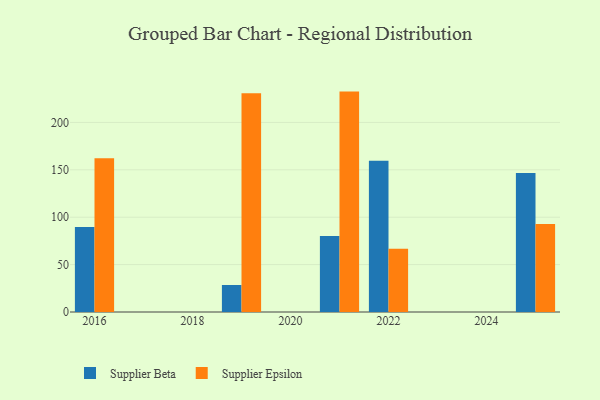
{"axis": {"x": "Year", "y": "Energy Usage (MWh)"}, "legend": ["Supplier Beta", "Supplier Epsilon"], "data": [{"x": "2025", "y": 146.7, "type": "Supplier Beta"}, {"x": "2025", "y": 92.9, "type": "Supplier Epsilon"}, {"x": "2016", "y": 89.6, "type": "Supplier Beta"}, {"x": "2016", "y": 162.2, "type": "Supplier Epsilon"}, {"x": "2022", "y": 159.5, "type": "Supplier Beta"}, {"x": "2022", "y": 66.7, "type": "Supplier Epsilon"}, {"x": "2021", "y": 80.3, "type": "Supplier Beta"}, {"x": "2021", "y": 232.5, "type": "Supplier Epsilon"}, {"x": "2019", "y": 28.5, "type": "Supplier Beta"}, {"x": "2019", "y": 230.7, "type": "Supplier Epsilon"}]}